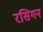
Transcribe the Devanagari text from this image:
रसिगन